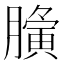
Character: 𮍀